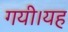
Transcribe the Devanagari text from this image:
गयी।यह